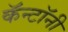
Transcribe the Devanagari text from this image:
कॅन्टॉनी